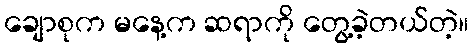
ချောစုက မနေ့က ဆရာကို တွေ့ခဲ့တယ်တဲ့။